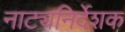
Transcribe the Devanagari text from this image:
नाट्यनिर्देशक